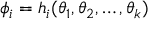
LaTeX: \phi _ { i } = h _ { i } ( \theta _ { 1 } , \theta _ { 2 } , \ldots , \theta _ { k } )